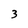
Character: 3